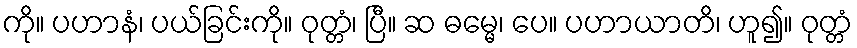
ကို။ ပဟာနံ၊ ပယ်ခြင်းကို။ ဝုတ္တံ၊ ပြီ။ ဆ ဓမ္မေ၊ ပေ။ ပဟာယာတိ၊ ဟူ၍။ ဝုတ္တံ